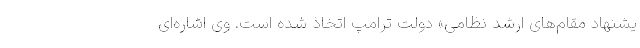
یشنهاد مقام‌های ارشد نظامی» دولت ترامپ اتخاذ شده است. وی اشاره‌ای